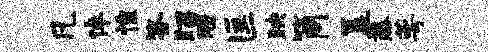
凡倬惶答昭醴匡映筒簋藤萼